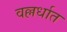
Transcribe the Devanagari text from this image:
वल्लर्धात